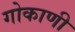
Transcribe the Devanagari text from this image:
गोकाणी